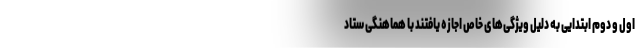
اول و دوم ابتدایی به دلیل ویژگی‌های خاص اجازه یافتند با هماهنگی ستاد